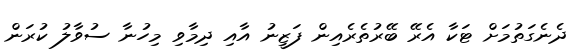
ދެނެގަތުމަށް ޓަކާ އެރޭ ބޭރުތެރެއިން ފަޒީނު އާއި ދިމާވި މިހުނާ ސުވާލު ކުރަން